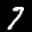
Label: 7